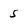
Character: 5